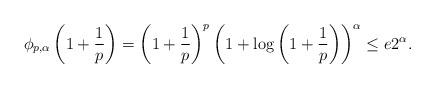
LaTeX: \begin{align*} {\phi}_{p,\alpha}\left(1+\frac{1}{p}\right)=\left(1+\frac{1}{p}\right)^{p}\left(1+\log\left(1+\frac{1}{p}\right)\right)^{\alpha}\leq e2^{\alpha}.\end{align*}